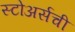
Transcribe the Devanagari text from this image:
स्टोअर्सची